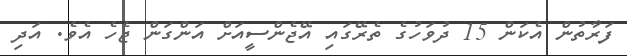
ފަރާތުން އެކަން 15 ދުވަހުގެ ތެރޭގައި އޭޖެންސީއަށް އަންގަން ޖެހެ އެވެ. އަދި